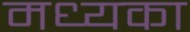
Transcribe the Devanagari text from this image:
मध्यका